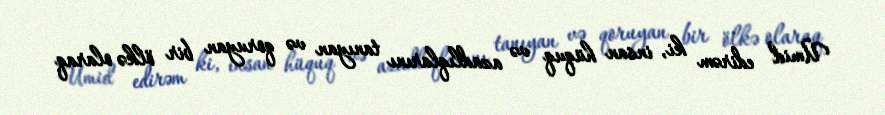
Ümid edirəm ki, insan hüquq və azadlıqlarını tanıyan və qoruyan bir ölkə olaraq